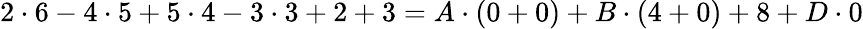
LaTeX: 2\cdot 6-4\cdot 5+5\cdot 4-3\cdot 3+2+3=A\cdot(0+0)+B\cdot(4+0)+8+D\cdot 0